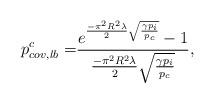
LaTeX: \begin{align*}p_{cov, lb}^{c} = & \frac{e^{\frac{-\pi^2 R^2 \lambda}{2} \sqrt{\frac{\gamma p_i}{p_c}}}-1}{\frac{- \pi^2 R^2 \lambda}{2}\sqrt{\frac{\gamma p_i}{p_c}}},\end{align*}